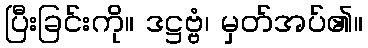
ပြီးခြင်းကို။ ဒဋ္ဌဗ္ဗံ၊ မှတ်အပ်၏။